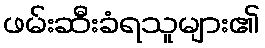
ဖမ်းဆီးခံရသူများ၏